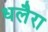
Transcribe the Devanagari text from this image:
धलैरा